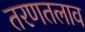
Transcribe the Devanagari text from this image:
तरणतलाव